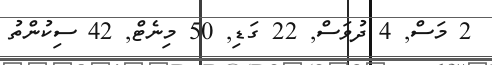
2 މަސް